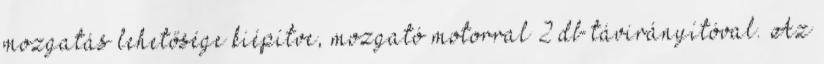
mozgatás lehetősége kiépítve, mozgató motorral 2 db távirányítóval. Az